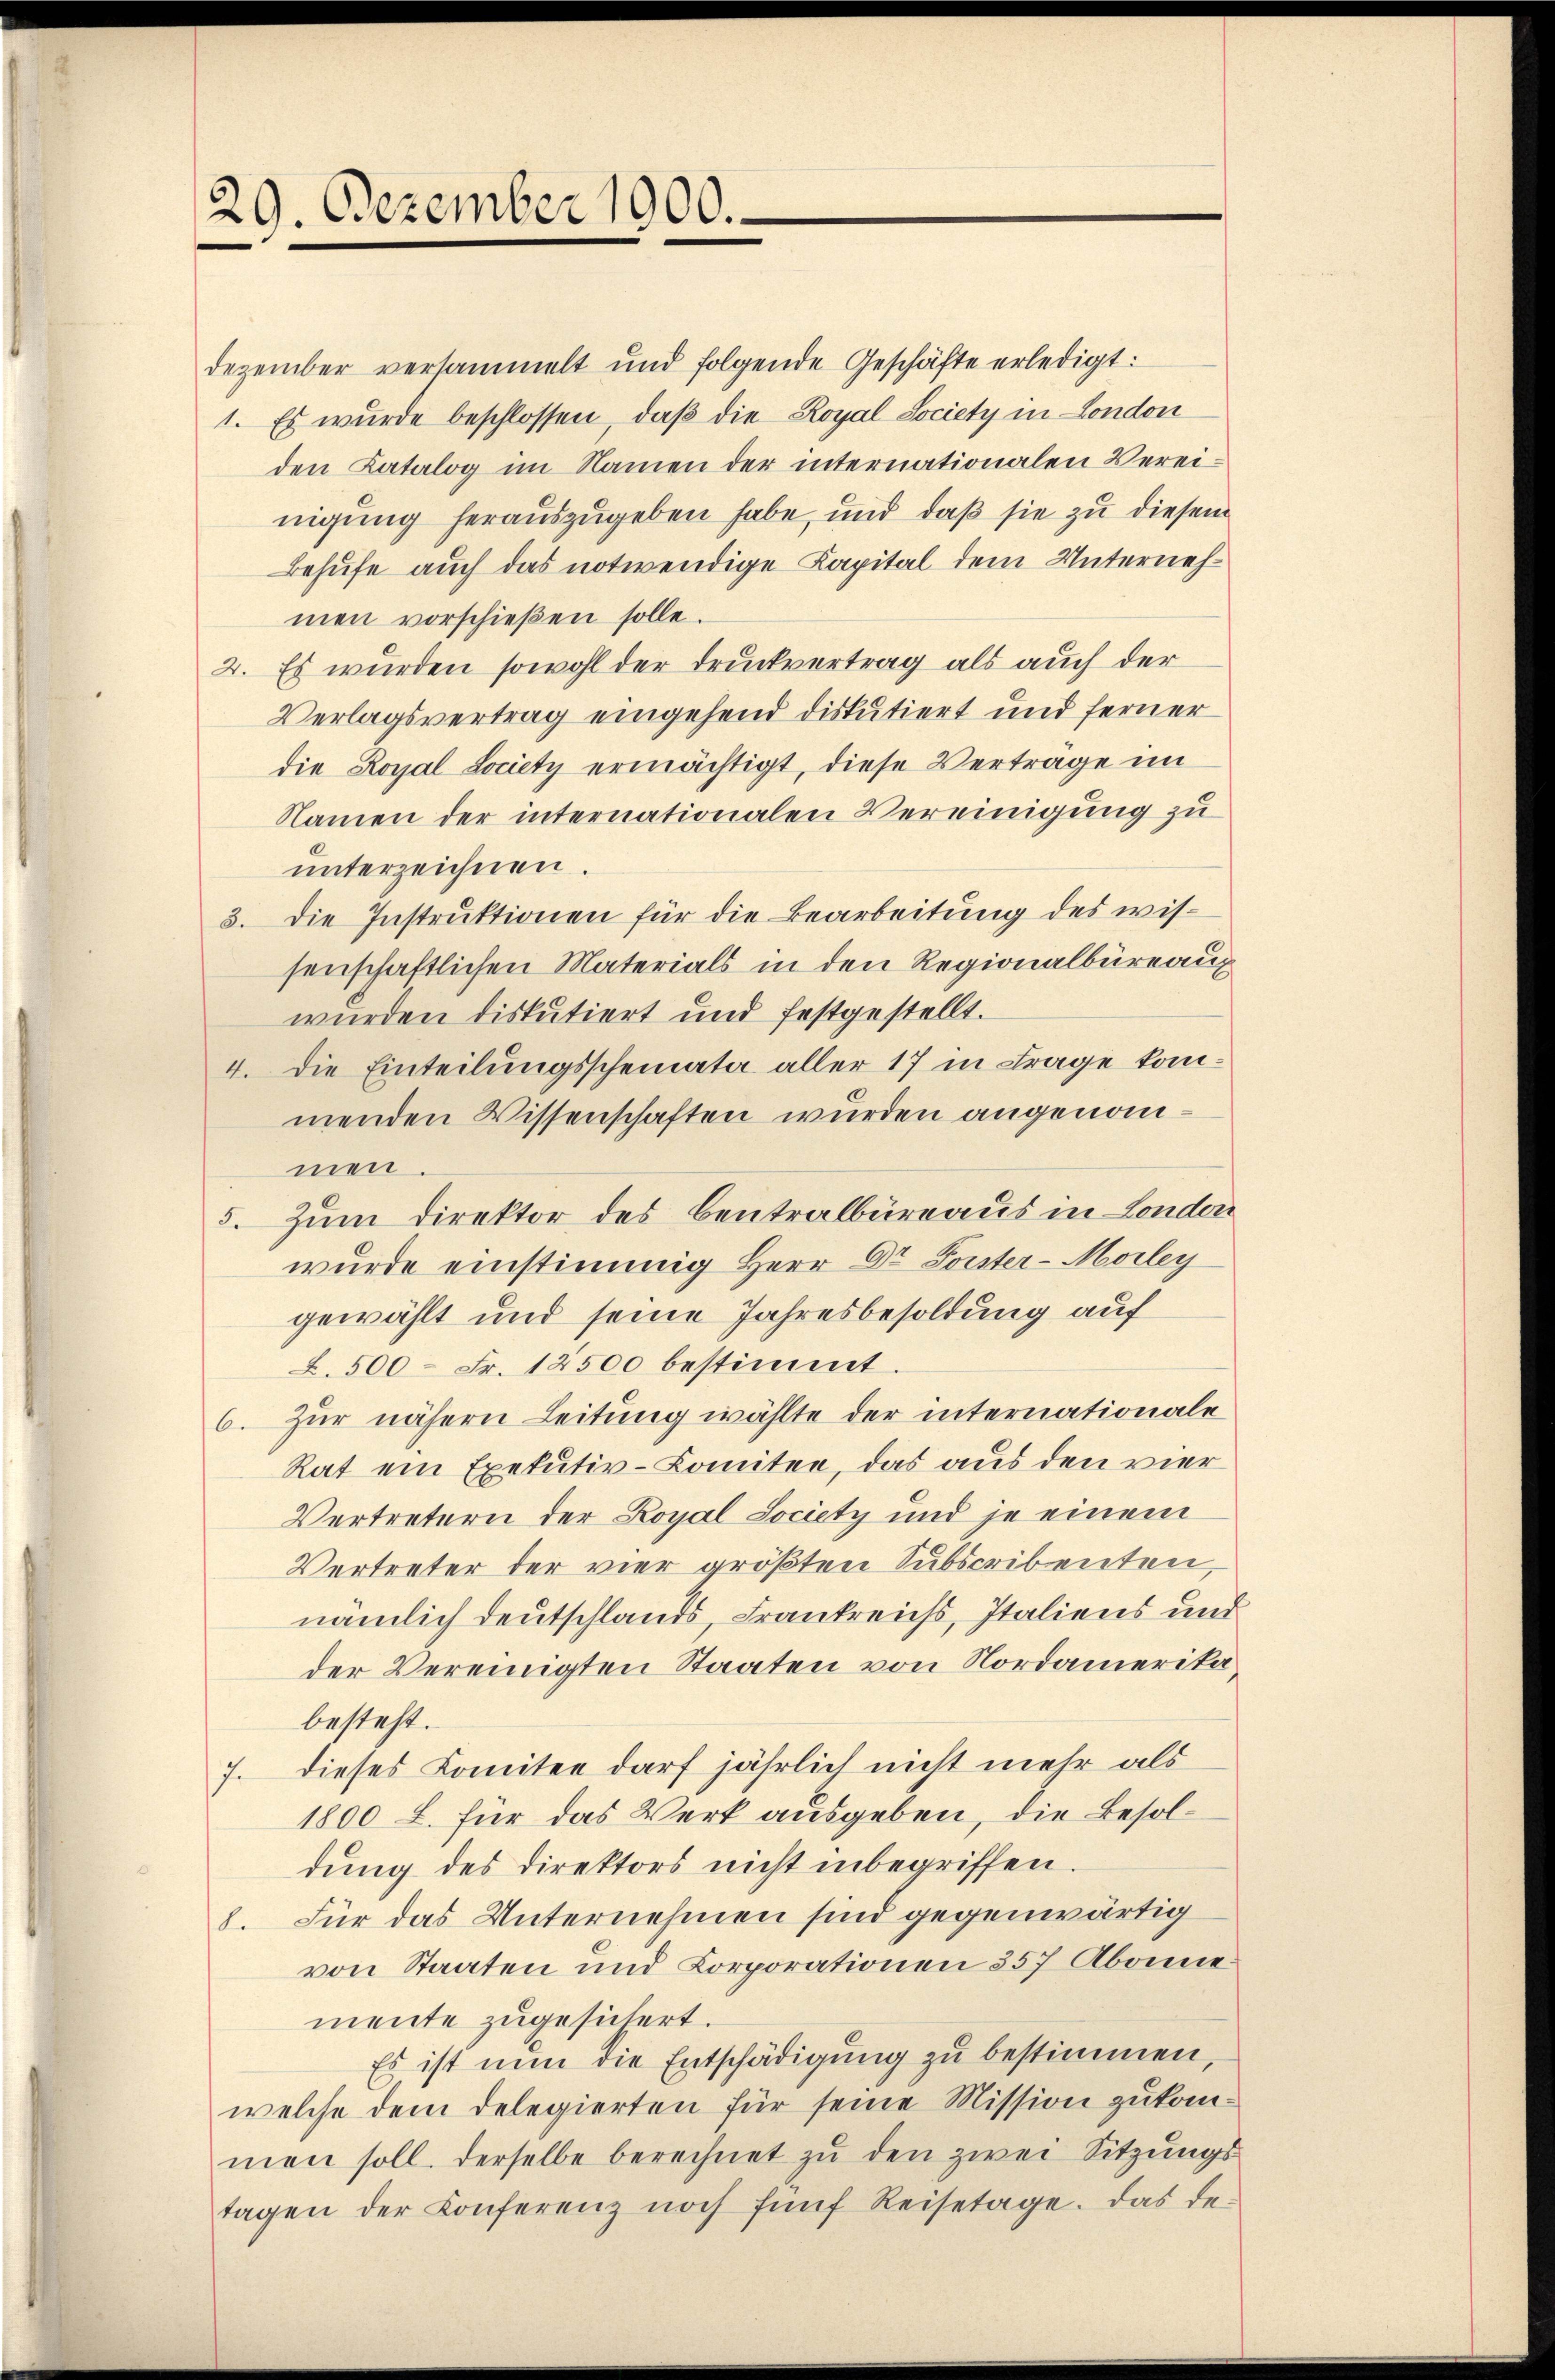
29. Dezember 1900.

Dezember versammelt und folgende Geschäfte erledigt:
1. Es wurde beschlossen, daß die Royal Society in London
den Katalog im Namen der internationalen Vereinigung herauszugeben habe, und daß sie zu diesem
Behufe auch das notwendige Kapital dem Unternehmen vorschießen solle.
2. Es wurden sowohl der Druckvertrag als auch der
Verlagsvertrag eingehend diskutiert und ferner
die Royal Lociety ermächtigt, diese Vertrage im
Namen der internationalen Vereinigung zu
unterzeichnen
3. Die Instruktionen für die Bearbeitung des wissenschaftlichen Materials in den Regionalbüreaux
wurden diskutiert und festgestellt.
4. Die Einteilungsscheinata aller 17 in Frage kommenden Wissenschaften wurden angenommen
5. Zum Direktor des Centralbüreaus in London
wurde einstimmig Herr Dr. Forster-Morley
gewählt und seine Jahresbesoldung auf
L.500 = Fr. 12500 bestimmt
6. Zŭr nähern Leitung wählte der internationale
Rat ein Exekutiv-Komitee, das aus den vier
Vertretern der Royal Society und je einem
Vertreter der vier größten Subscribenten,
nämlich deutschlands, Frankreichs, Italiens um
der Vereinigten Staaten von Nordamerika
besteht.
7. dieses Comitee darf jährlich nicht mehr als
1800 l. für das Werk ausgeben, die Besoldung des Direktors nicht inbegriffen.
8. Für das Unternehmen sind gegenwärtig
von Staaten und Corporationen 357 Abonne
mente zugesichert.
Es ist nun die Entschädigung zu bestimmen,
welche dem Delegierten für seine Mission zukommen soll. Derselbe berechnet zu den zwei Sitzungstagen der Conferenz noch fünf Reisetage. Das de-

.